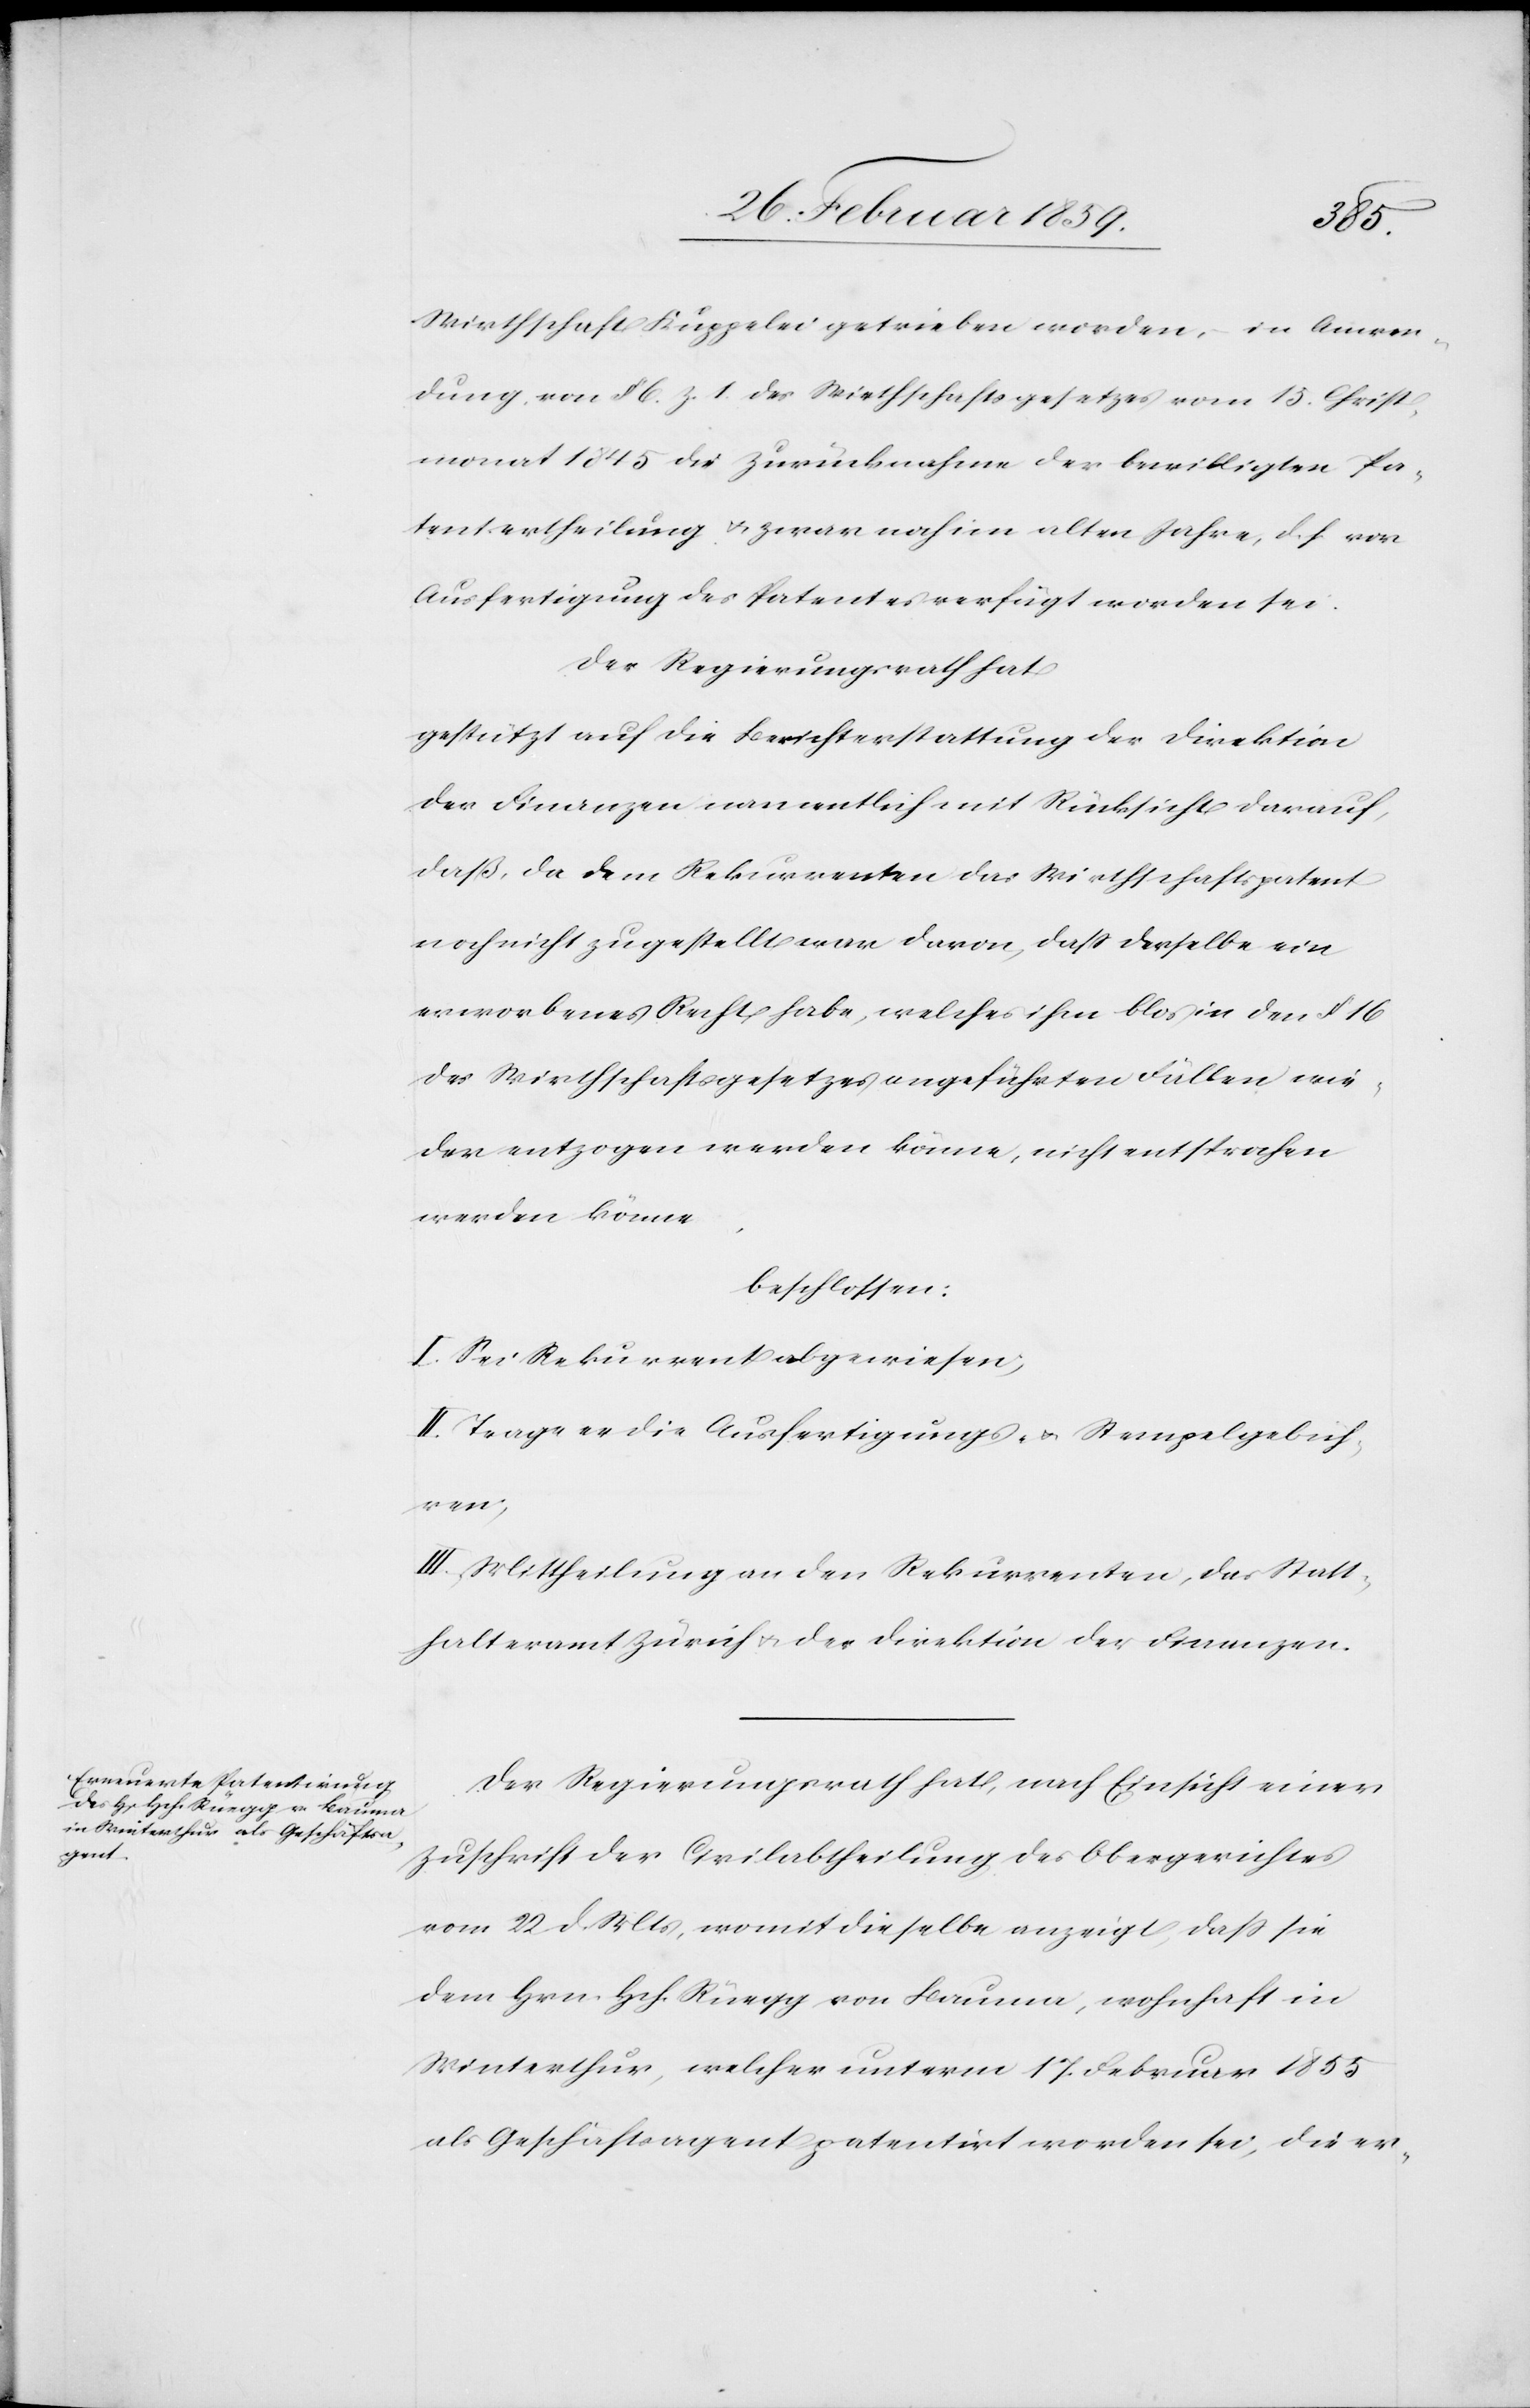
Wirthschaft Kuppelei getrieben worden, in Anwen¬
dung von § 6. z. 1. des Wirthschaftsgesetzes vom 15. Christ¬
monat 1845 die Zurücknahme der bewilligten Pa¬
tentertheilung u. zwar noch im alten Jahre, d. h. vor
Ausfertigung des Patentes verfügt worden sei.
Der Regierungsrath hat
gestützt auf die Berichterstattung der Direktion
der Finanzen namentlich mit Rücksicht darauf,
daß da dem Rekurrenten das Wirthschaftspatent
noch nicht zugestellt war davon, daß derselbe ein
erworbenes Recht habe, welches ihm blos in den § 16
des Wirthschaftsgesetzes angeführten Fällen wie¬
der entzogen werden könne, nicht entsprochen
werden könne,
beschlossen:
I. Sei Rekurrent abgewiesen;
II. Trage er die Ausfertigungs- u. Stempelgebüh¬
ren;
III. Mittheilung an den Rekurrenten, das Statt¬
halteramt Zürich u. der Direktion der Finanzen.
Der Regierungsrath hat, nach Einsicht einer
Zuschrift der Civilabtheilung des Obergerichtes
vom 22. d. Mts, womit dieselbe anzeigt, daß sie
dem Hrn. Hch. Rüegg von Bauma, wohnhaft in
Winterthur, welcher unterm 17. Februar 1855
als Geschäftsagent patentirt worden sei, die er-